Annual vaccination report of Bihar and Orissa - 1911-1928
Year: 1911
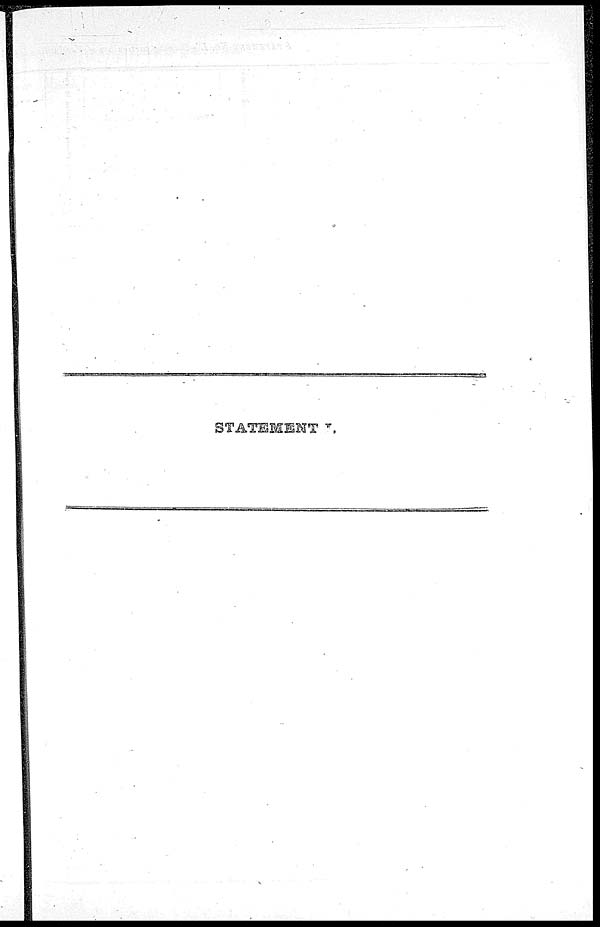
STATEMENT I.